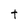
Character: t